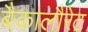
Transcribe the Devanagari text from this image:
बैकालौरेट